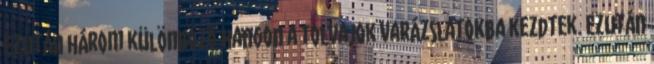
Ezután három különböző hangon a tolvajok varázslatokba kezdtek. Ezután